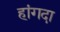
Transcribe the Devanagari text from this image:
हांगदा